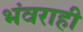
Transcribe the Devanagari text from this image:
भंवराही